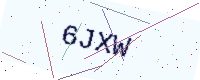
Text: 6JXW